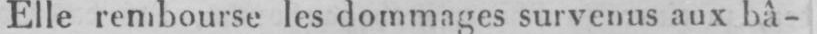
Elle rembourse les dommages survenus aux bâ-